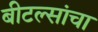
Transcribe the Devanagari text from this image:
बीटल्सांचा